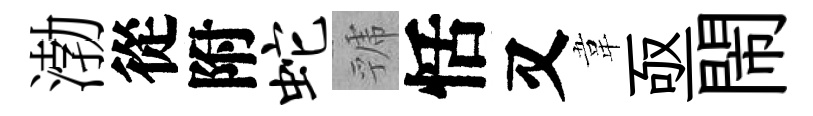
渤從附蛇虢恬又韋亟閙